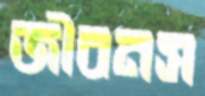
জীবনস